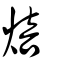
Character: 焙